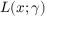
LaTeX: L ( x ; \gamma )